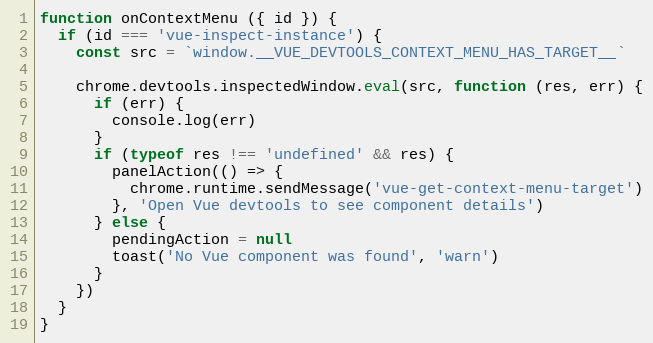
Language: JavaScript
function onContextMenu ({ id }) {
  if (id === 'vue-inspect-instance') {
    const src = `window.__VUE_DEVTOOLS_CONTEXT_MENU_HAS_TARGET__`

    chrome.devtools.inspectedWindow.eval(src, function (res, err) {
      if (err) {
        console.log(err)
      }
      if (typeof res !== 'undefined' && res) {
        panelAction(() => {
          chrome.runtime.sendMessage('vue-get-context-menu-target')
        }, 'Open Vue devtools to see component details')
      } else {
        pendingAction = null
        toast('No Vue component was found', 'warn')
      }
    })
  }
}